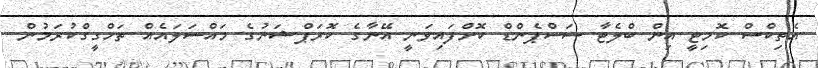
އެތިކްސް ކޮމިޓީ އިން ބްލެޓާ ސަސްޕެންޑް ކޮށްފައިވަނީ އޭނާގެ ކޮރަޕްޝަނުގެ މައްސަލައެއް ތަހްގީގްކުރަމުން